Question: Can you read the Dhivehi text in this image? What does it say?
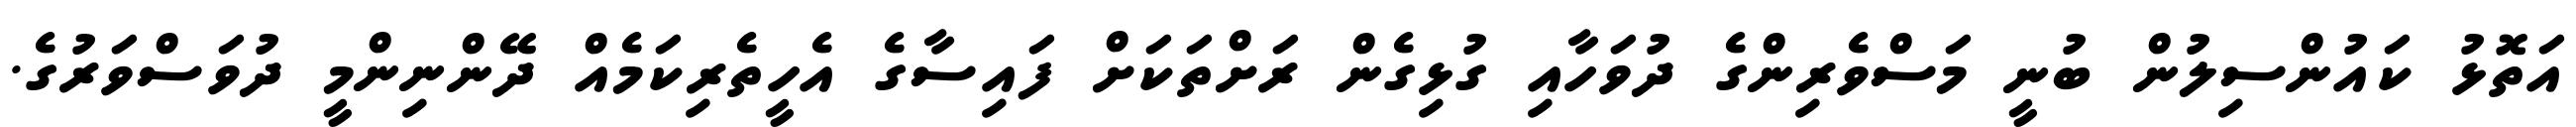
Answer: އަތޮޅު ކައުންސިލުން ބުނީ މަސްވެރިންގެ ދުވަހާއި ގުޅިގެން ރަށްތަކަށް ފައިސާގެ އެހީތެރިކަމެއް ދޭންނިންމީ ދުވަސްވަރުގެ.